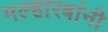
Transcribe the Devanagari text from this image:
मल्हारबांनी